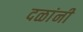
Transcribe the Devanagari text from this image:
दळांनी